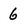
Character: 6